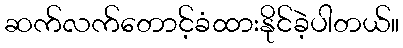
ဆက်လက်တောင့်ခံထားနိုင်ခဲ့ပါတယ်။